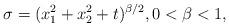
LaTeX: \begin{align*} \sigma = (x_1^2 + x_2^2+ t)^{\beta/2}, 0 < \beta < 1, \end{align*}